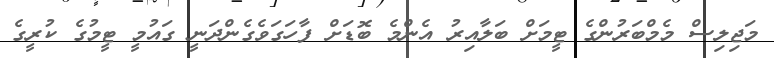
މަޖިލިސް މެމްބަރުންގެ ޓީމަށް ބަލާއިރު އެންމެ ބޮޑަށް ފާހަގަވެގެންދަނީ ގައުމީ ޓީމުގެ ކުރީގެ